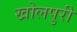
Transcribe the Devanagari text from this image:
खोलपुरी